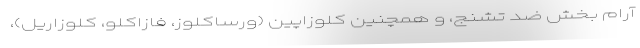
آرام بخش ضد تشنج، و همچنین کلوزاپین (ورساکلوز، فازاکلو، کلوزاریل)،